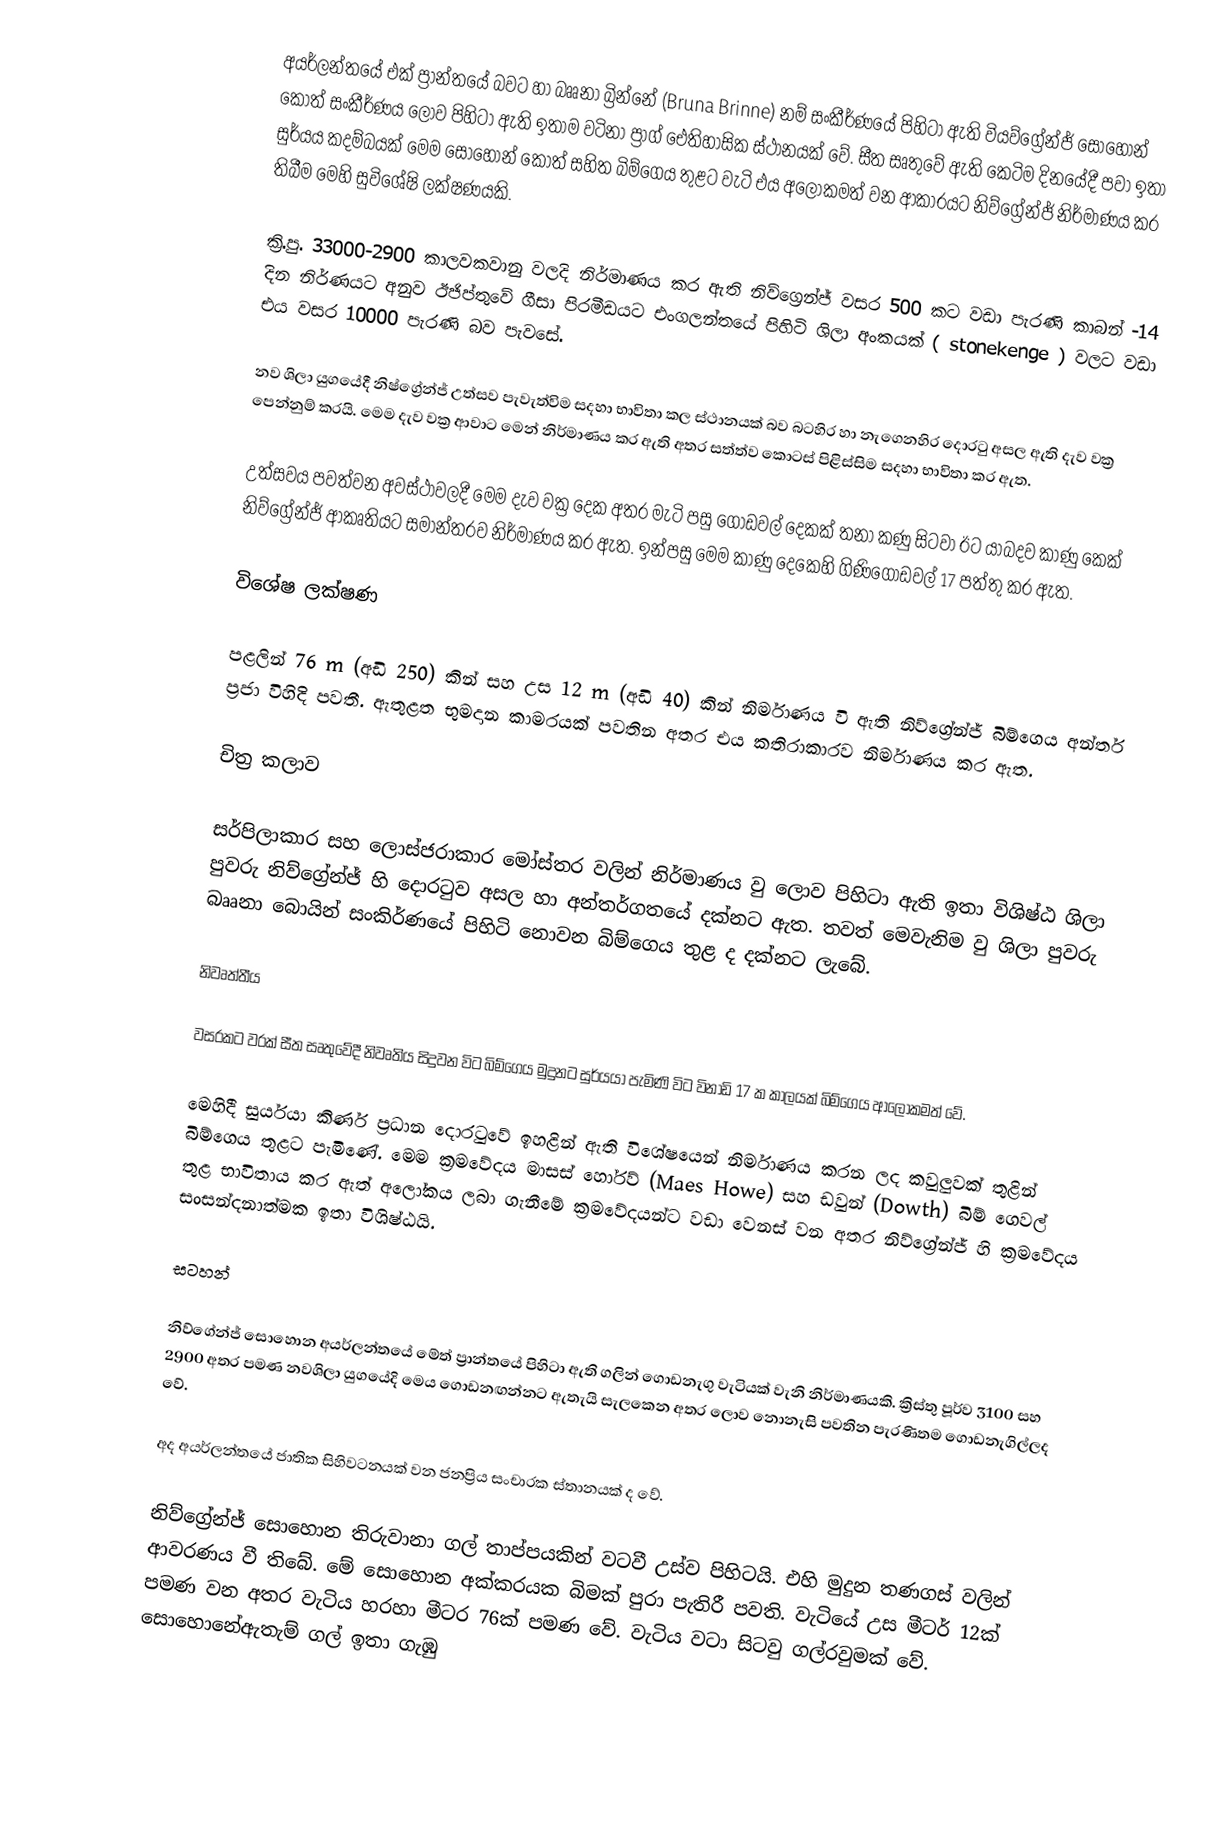
අයර්ලන්තයේ එක් ප්‍රාන්තයේ බවට හා බෲනා බ්‍රින්නේ (Bruna Brinne) නම් සංකීර්ණයේ පිහිටා ඇති වියව්ග්‍රේන්ජ් සොහොන් කොත් සංකීර්ණය ලොව පිහිටා ඇති ඉතාම වටිනා ප්‍රාග් ඓතිහාසික ස්ථානයක් වේ. සීත සෘතුවේ ඇති කෙටිම දි‍නයේදී පවා ඉතා සුර්යය කදම්බයක් මෙම සොහොන් කොත් සහිත බිම්ගෙය තුළට වැටි එය අලෝකමත් වන ආකාරයට නිව්ග්‍රේන්ජ් නිර්මාණය කර තිබීම මෙහි සුවිශේෂි ලක්ෂණයකි.

ක්‍රි.පු. 33000-2900 කාලවකවානු වලදි නිර්මාණය කර ඇති නිව්ග්‍රෙන්ජ් වසර 500 කට වඩා පැරණි කාබන් -14 දින නිර්ණයට අනුව ඊජිප්තුවේ ගීසා පිරමීඩ‍යට එංගලන්තයේ පිහිටි ශිලා අංකයක් ( stonekenge  ) වලට වඩා එය වසර 10000 පැරණි බව පැවසේ.

නව ශිලා යුගයේදී නිෂ්ග්‍රේන්ජ් උත්සව පැවැත්විම සදහා භාවිතා කල ස්ථානයක් බව බටහිර හා නැගෙනහිර දොරටු අසල ඇති දැව වක්‍ර පෙන්නුම් කරයි. මෙම දැව වක්‍ර ආවාට මෙන් නිර්මාණය කර ඇති අතර සත්ත්ව කොටස් පිළිස්සිම සදහා භාවිතා කර ඇත.

උත්සවය පවත්වන අවස්ථාවලදී මෙම දැව වක්‍ර දෙක අතර මැටි පසු ගොඩවල් දෙකක් තනා කණු සිටවා ඊට යාබදව කාණු කෙක් නිව්ග්‍රේන්ජ් ආකෘතියට සමාන්තරව නිර්මාණය කර ඇත. ඉන්පසු මෙම කාණු දෙකෙහි ගිණිගොඩවල් 17 පත්තු කර ඇත.

විශේෂ ලක්ෂණ

පළලින් 76 m (අඩි 250) කින් සහ උස 12 m (අඩි 40) කින් නිර්මාණය වි ඇති නිව්ග්‍රේන්ජ් බිම්ගෙය අන්තර් ප්‍රජා විහිදි පවතී. ඇතුළත භුමදාන කාමරයක් පවතින අතර එය කතිරාකාරව නිර්මාණය කර ඇත.

චිත්‍ර කලාව

සර්පිලාකාර සහ ලොස්ජරාකාර මෝස්තර වලින් නිර්මාණය වු ලොව පිහිටා ඇති ඉතා විශිෂ්ඨ ශිලා පුවරු නිව්ග්‍රේන්ජ් හි දොරටුව අසල හා අන්තර්ගතයේ දක්නට ඇත. තවත් මෙවැනිම වු ශිලා පුවරු බෲනා බොයින් සංකිර්ණයේ පිහිටි නොවන බිම්ගෙය තුළ ද දක්නට ලැබේ.

නිවෘත්තීය

වසරකට වරක් සීත සෘතුවේදී නිවෘතිය සිදුවන විට බිම්ගෙය මුදුනට සුර්යයා පැමිණි විට විනාඩි 17 ක කාලයක් බිම්ගෙය ආලෝකමත් වේ.

මෙහිදී සුර්යයා කිර්ණ ප්‍රධාන දොරටුවේ ඉහළින් ඇති විශේෂයෙන් නිර්මාණය කරන ලද කවුලුවක් තුළින් බිම්ගෙය තුළට පැමිණේ. මෙම ක්‍රමවේදය මාසස් හෝරව් (Maes Howe) සහ ඩවුන් (Dowth) බිම් ගෙවල් තුළ භාවිතාය කර ඇත් අලෝකය ලබා ගැනීමේ ක්‍රමවේදයන්ට වඩා වෙනස් වන අතර නිව්ග්‍රේන්ජ් හි ක්‍රමවේදය සංසන්දනාත්මක ඉතා විශිෂ්ඨයි.

සටහන්

නිව්ගේන්ජ් සොහොන අයර්ලන්තයේ මේත් ප්‍රාන්තයේ පිහිටා ඇති ගලින් ගොඩනැගු වැටියක් වැනි නිර්මාණයකි. ක්‍රිස්තු පූර්ව 3100 සහ 2900 අතර පමණ නවශිලා යුගයේදි මෙය ගොඩනඟන්නට ඇතැයි සැලකෙන අතර ලොව නොනැසි පවතින පැරණිතම ගොඩනැගිල්ලද වේ.

අද අයර්ලන්තයේ ජාතික සිහිවටනයක් වන ජනප්‍රිය සංචාරක ස්තානයක් ද වේ.

නිව්ග්‍රේන්ජ්  සොහොන තිරුවානා ගල් තාප්පයකින් වටවී උස්ව පිහිටයි. එහි මුදුන තණගස් වලින් ආවරණය වී තිබේ. මේ සොහොන අක්කරයක බිමක් පුරා පැතිරී පවති. වැටියේ උස මීටර් 12ක් පමණ වන අතර වැටිය හරහා මීටර 76ක් පමණ වේ. වැටිය වටා සිටවු ගල්රවුමක් වේ. සොහොනේඇතැම් ගල් ඉතා ගැඹු